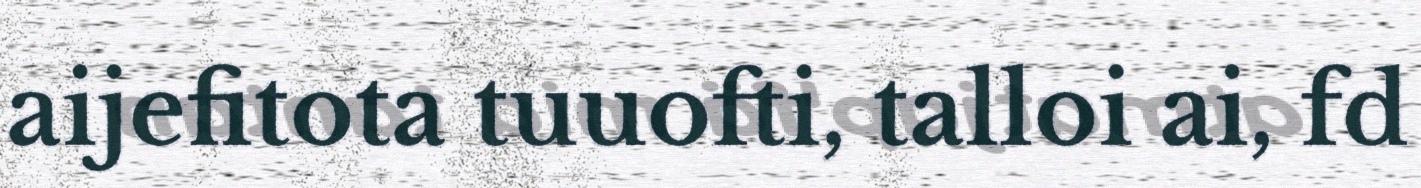
aijefitota tuuofti, talloi ai, fd